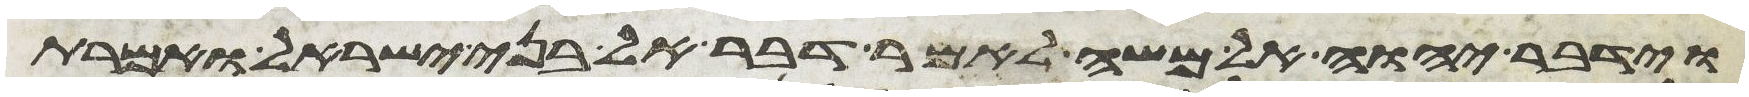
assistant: וידבר יהוה אל משה לאמר דבר אל בני ישראל ואמרת